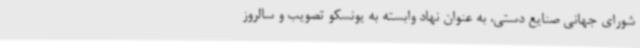
شورای جهانی صنایع دستی، به عنوان نهاد وابسته به یونسکو تصویب‌ و سالروز